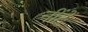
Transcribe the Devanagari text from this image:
नींदें